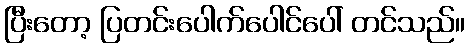
ပြီးတော့ ပြတင်းပေါက်ပေါင်ပေါ် တင်သည်။